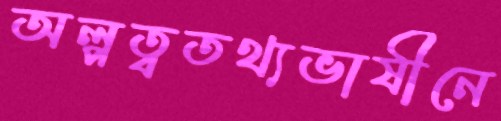
অল্পত্বতথ্যভাষীনে